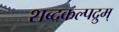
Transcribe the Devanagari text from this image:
शब्दकल्पद्रुम्